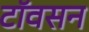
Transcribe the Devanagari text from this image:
टॉवसन